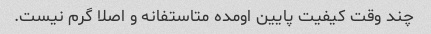
چند وقت کیفیت پایین اومده متاستفانه و اصلا گرم نیست.